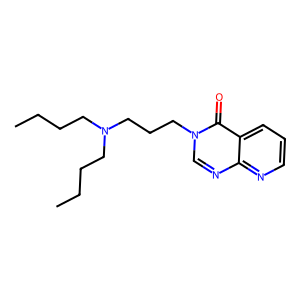
SMILES: CCCCN(CCCC)CCCn1cnc2ncccc2c1=O
Inhibits HIV replication: No